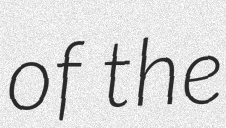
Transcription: of the